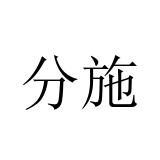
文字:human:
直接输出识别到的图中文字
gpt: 分施